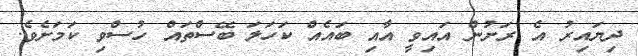
ދިޔައިރު އެ ރަށުން އައިވީ އާއި ބައެއް ކަހަލަ ބޭސްތައް ހުސްވި ކަމަށެވެ.